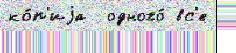
ко́п'иjа  одного́ вс'е